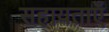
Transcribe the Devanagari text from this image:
सहायताएँ